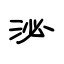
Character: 泌